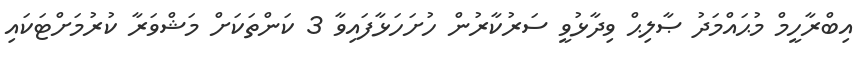
އިބްރާހީމް މުޙައްމަދު ޞާލިޙް ވިދާޅުވީ ސަރުކާރުން ހުށަހަޅާފައިވާ 3 ކަންތަކަށް މަޝްވަރާ ކުރުމަށްޓަކައި